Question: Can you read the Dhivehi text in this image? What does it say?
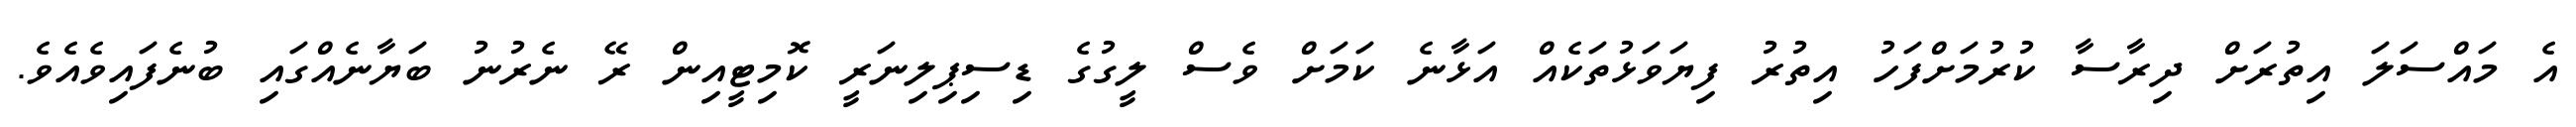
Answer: އެ މައްސަލަ އިތުރަށް ދިރާސާ ކުރުމަށްފަހު އިތުރު ފިޔަވަޅުތަކެއް އަޅާނެ ކަމަށް ވެސް ލީގުގެ ޑިސިޕިލިނަރީ ކޮމިޓީއިން ރޭ ނެރުނު ބަޔާނެއްގައި ބުނެފައިވެއެވެ.